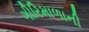
ગીરિમાળાની